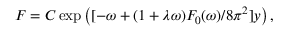
F = C \exp \left( { [ - \omega + ( 1 + \lambda \omega ) F _ { 0 } ( \omega ) / 8 \pi ^ { 2 } ] y } \right) ,